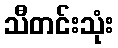
သီတင်းသုံး